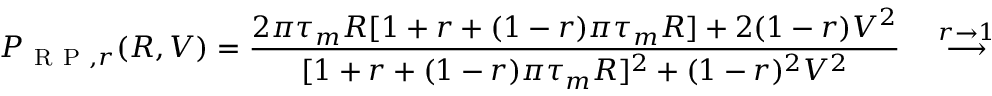
P _ { \mathrm { ~ R ~ P ~ } , r } ( R , V ) = \frac { 2 \pi \tau _ { m } R [ 1 + r + ( 1 - r ) \pi \tau _ { m } R ] + 2 ( 1 - r ) V ^ { 2 } } { [ 1 + r + ( 1 - r ) \pi \tau _ { m } R ] ^ { 2 } + ( 1 - r ) ^ { 2 } V ^ { 2 } } \quad \stackrel { r \to 1 } { \longrightarrow } \quad \pi \tau _ { m } R .